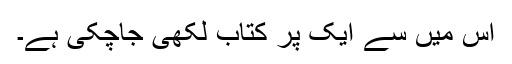
اس میں سے ایک پر کتاب لکھی جاچکی ہے۔